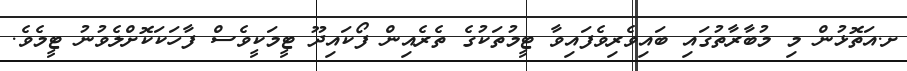
ށ.އަތޮޅުން މި މުބާރާތުގައި ބައިވެރިވެފައިވާ ޓީމުތަކުގެ ތެރެއިން ފޯކައިދޫ ޓީމަކީވެސް ފާހަކަކޮށްލެވުނު ޓީމެވެ.